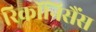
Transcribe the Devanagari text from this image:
रिकॉनिसैंस